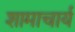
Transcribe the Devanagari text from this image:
शामाचार्य